Tartu_linna_vaeslastekohus, lk 36
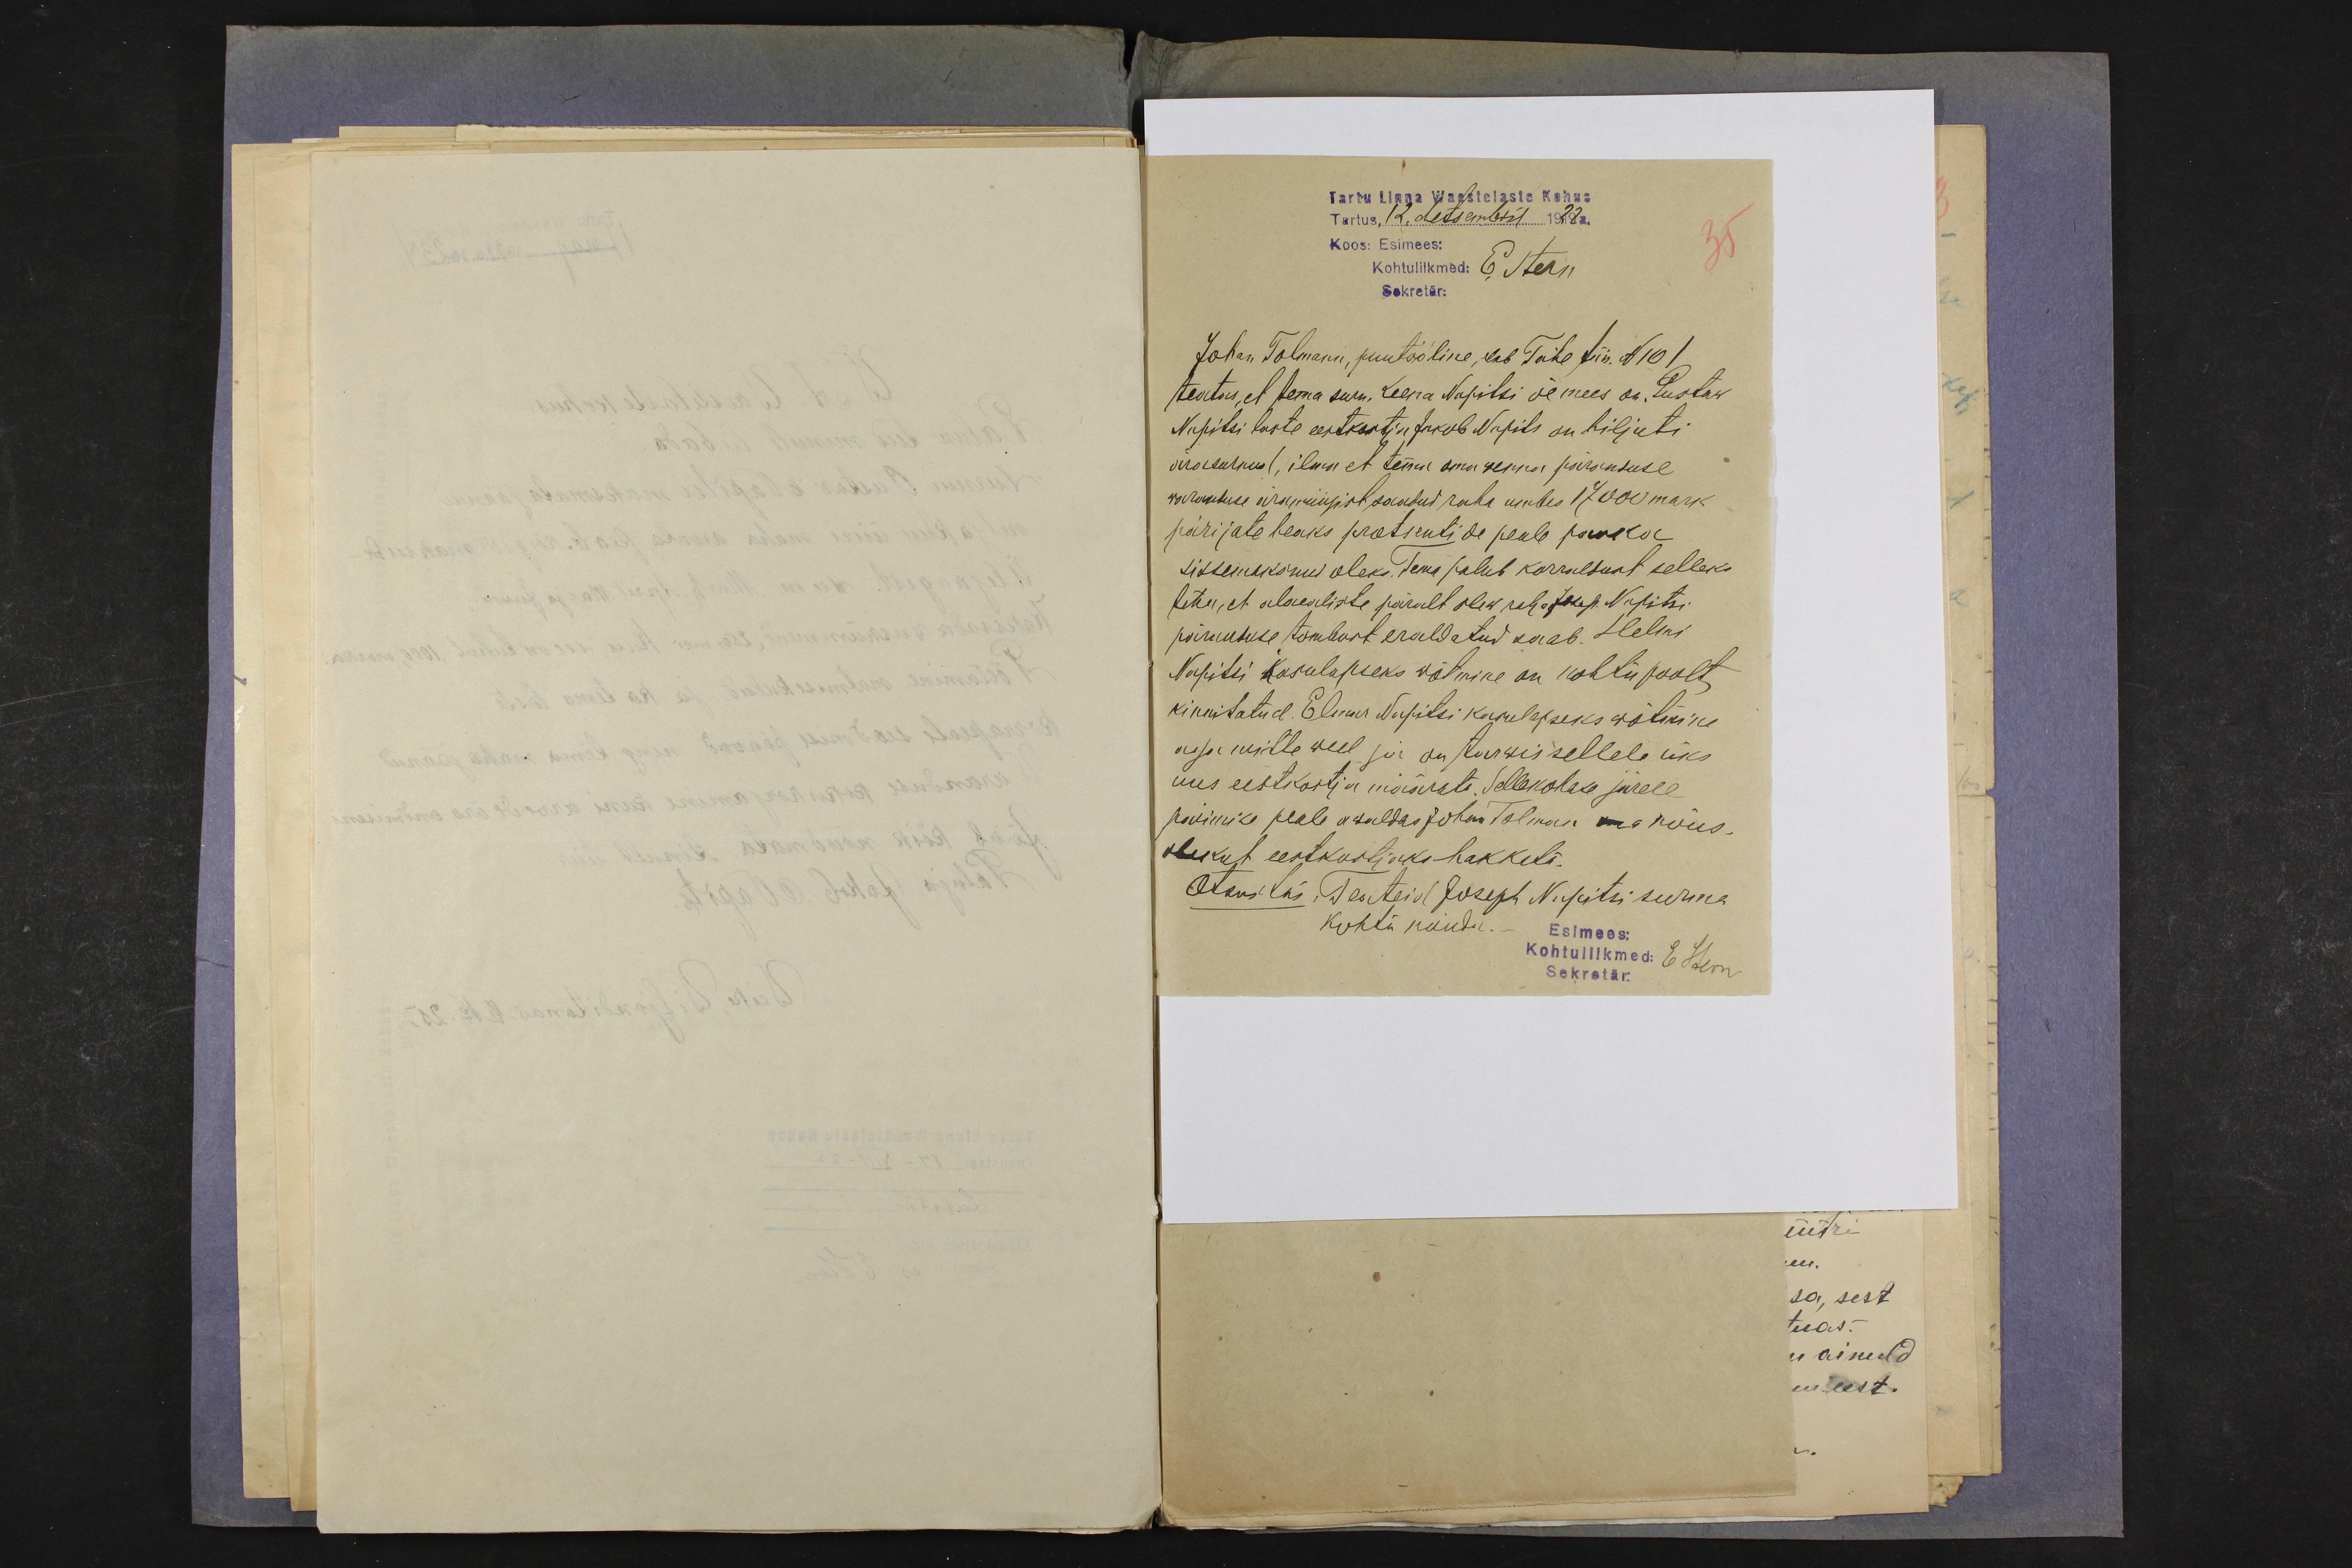
Tartu Linna Waestelaste Kohus
Tartus, 12. detsembril 1922a.
Koos: Esimees:
Kohtuliikmed: E. Stern
35
Sekretär:
Johan Tolmann, puutööline, elab Tähe tän. N101
teatas, et tema surn. Leena Napitsi õemees on. Gustaw
Napitsi laste eestkostja Jakob Napits on hiljuti
ärasurnud, ilma et tema oma wenna päranduse
waranduse äramüügist saadud raha umbes 17 000 mark
pärijate heaks protsentide peale panka
sissemaksnud oleks. Tema palub korraldust selleks
teha, et alaealiste päralt olew raha Josep Napitsi
pärantuse tombust eraldatud saab. Helmi
Napitsi kasulapseks wõtmine on kohtu poolt
kinnitatud. Elmar Napitsi kasulapseks wõtmine
asja mitte weel ja on tarwis sellele üks
uus eestkostja määrata. Sellekohase järele
pärimise peale awaldas Johann Tolman oma nõus-
olekut eestkostjaks hakkata.
Otsustas: Teateid Joseph Napitsi surma
kohta nõuda.-
Esimees:
Kohtuliikmed: E Stern
Sekretär: